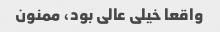
واقعا خیلی عالی بود، ممنون